Lunatic asylums Madras 1892-1911 - 1892-1911
Year: 1892
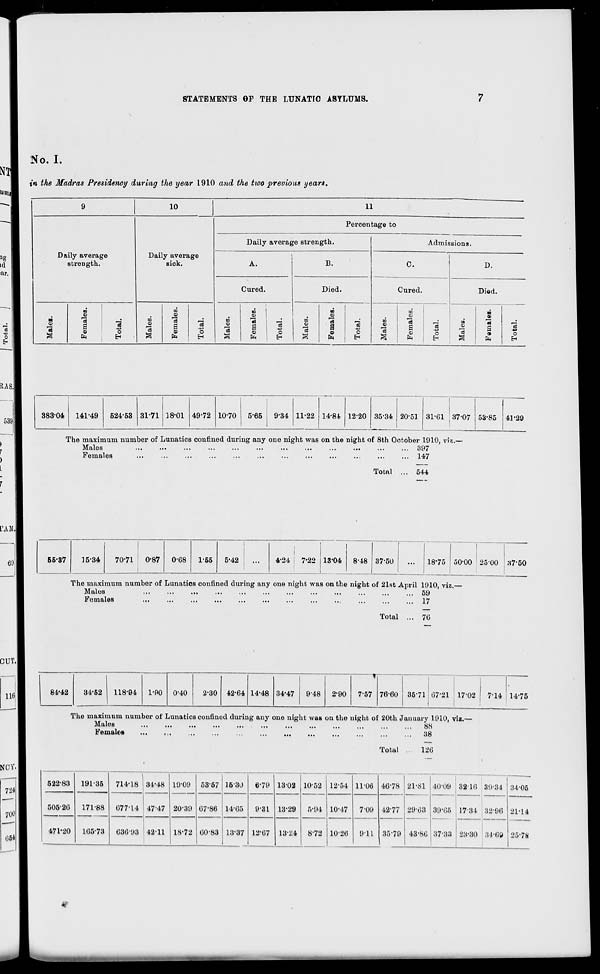
STATEMENTS OF THE LUNATIC ASYLUMS.
No. I.
in the Madras Presidency during the year 1910 and the two previous years.
9
10
11
Daily average
strength.
Daily average
sick.
Percentage to
Daily average strength.
Admissions.
A.
B.
C.
D.
Cured.
Died.
Cured.
Died.
Males.
Females.
Total.
Males.
Females.
Total.
Males.
Females.
Total.
Males.
Females.
Total.
Males.
Females.
Total.
Males.
5
13
£
•
ft
"3 -*»
o
E-<
383-04
141-49
524-53 31-71 18-01 49-72 10-70 i 5-65 i 9-34 11-22 14-84 12-20 35-34 20-51 31-G1 37-07 53-85 41-29
The maximum number of Lunatics confined during any one night was on the night of 8th October 1910, vis.
Males
397
Females
147
Total ... 544
55-37
15-34
70-71
0-87
0-08
1-55
5-42
4-24
7*22 13-04 8-48 37-50
18-75
The maximum number of Lunatios confined during any one night was on the night of 21st April 1910, viz.-
Males
...
...
...
...
...
...
...
...
...
...
...
... 59
Females
... 17
Total ... 70
84-42
34-52
118-94
1-90 0-40
2-30 42-64 14-48 34*47
9-48 2-90
7-57 76-60 3571 07-21 17"02
7-14 14-75
The maximum number of Lunatics confined during any one night was on the night of 20th January 1910, viz.
Males
...
88
Females
...
,
38
Total .
120
522-83
191-35
714-18
077-14
030-93
34-48 19-09
53-67 15-30
6-79 1302 10-52 12-54 1106 40-78
4277
21-81
2903
40-09
39-05
87-aa
3210 3934 34-05
505-20
171-88
105-73
47-47 20-39 07-86
00-83
14-05
9-31 13-29
13-:-:4
5-91 10-17
7-09
911
17-34 ;52-90 21-14
471-20
42-11 18-72
13-37 12-07
872 1026
35-79 43-80
23-30 31*69 25-7M